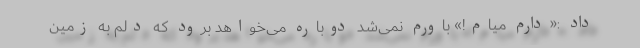
داد :«دارم میام!» باورم نمی‌شد دوباره می‌خواهد برود که دلم به زمین